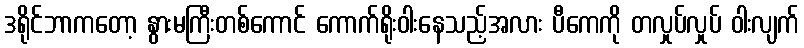
ဒရိုင်ဘာကတော့ နွားမကြီးတစ်ကောင် ကောက်ရိုးဝါးနေသည့်အလား ပီကေကို တလှုပ်လှုပ် ဝါးလျက်